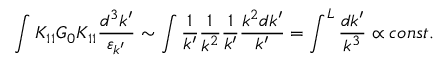
\int K _ { 1 1 } G _ { 0 } K _ { 1 1 } \frac { d ^ { 3 } k ^ { \prime } } { \varepsilon _ { k ^ { \prime } } } \sim \int \frac { 1 } { k ^ { \prime } } \frac { 1 } { k ^ { 2 } } \frac { 1 } { k ^ { \prime } } \frac { k ^ { 2 } d k ^ { \prime } } { k ^ { \prime } } = \int ^ { L } \frac { d k ^ { \prime } } { k ^ { 3 } } \propto c o n s t .